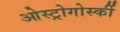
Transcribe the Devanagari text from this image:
ओस्ट्रोगोर्स्की